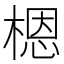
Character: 𬃼